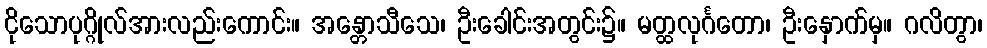
ငိုသောပုဂ္ဂိုလ်အားလည်းကောင်း။ အန္တောသီသေ၊ ဦးခေါင်းအတွင်း၌။ မတ္ထလုင်္ဂတော၊ ဦးနှောက်မှ။ ဂလိတွာ၊